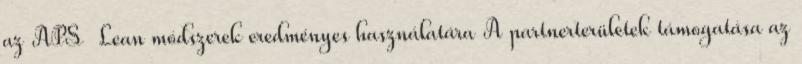
az APS Lean módszerek eredményes használatára A partnerterületek támogatása az